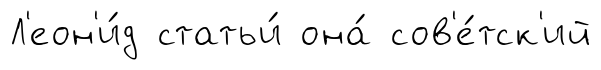
Л'еон'и́д статьи́ она́ сов'е́тск'ий